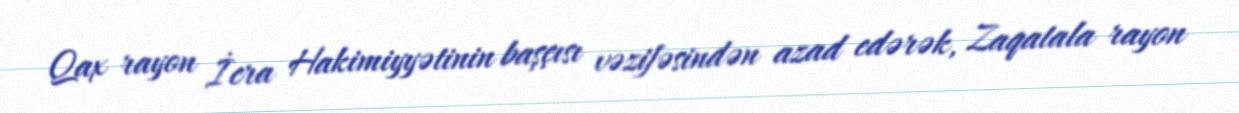
Qax rayon İcra Hakimiyyətinin başçısı vəzifəsindən azad edərək, Zaqatala rayon